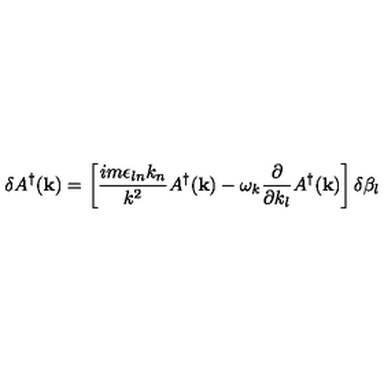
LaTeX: \delta A ^ { \dagger } ( { \bf k } ) = \left[ \frac { i m \epsilon _ { l n } k _ { n } } { k ^ { 2 } } A ^ { \dagger } ( { \bf k } ) - \omega _ { k } \frac { \partial } { \partial k _ { l } } A ^ { \dagger } ( { \bf k } ) \right] \delta \beta _ { l }